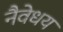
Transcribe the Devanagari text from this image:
नैवेधय